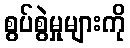
စွပ်စွဲမှုများကို